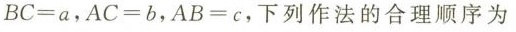
$$B C = a$$，$$A C = b$$，$$A B = c$$，下列作法的合理顺序为